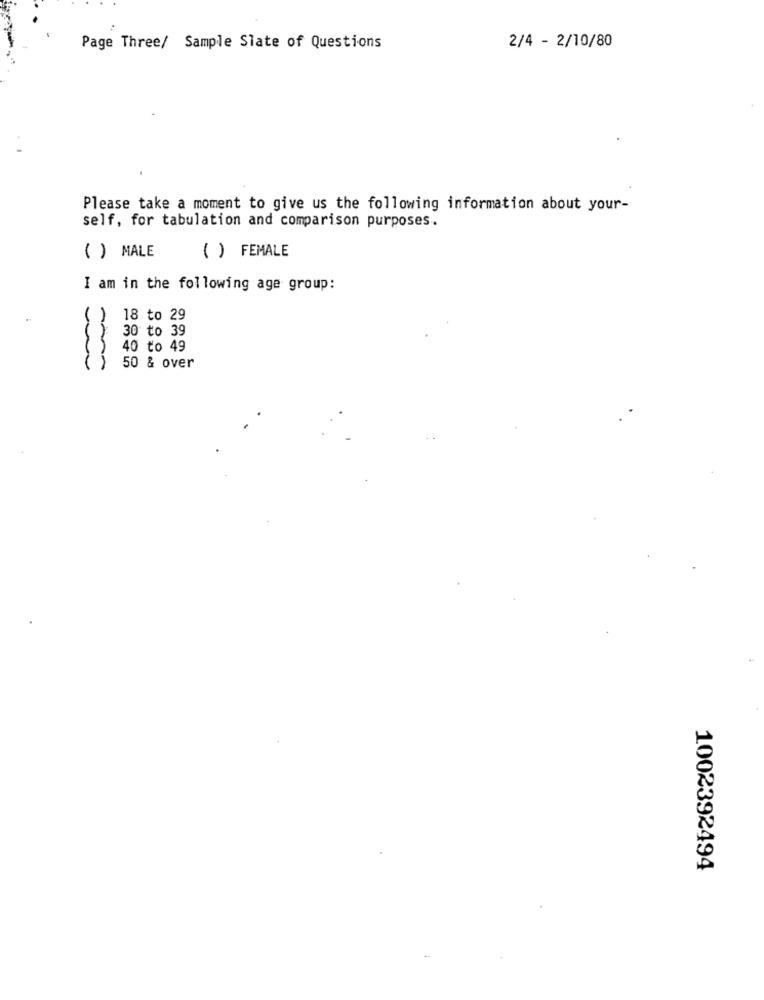
2/4 - 2/10/80
Page Three/ Sample Slate of Questions
Please take a moment to give us the following information about your-
self, for tabulation and comparison purposes.
( ) MALE
( ) FEMALE
I am in the following age group:
18 to 29
30 to 39
40 to 49
50 & over
1002392494